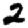
Digit: 2